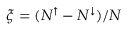
\xi = ( N ^ { \uparrow } - N ^ { \downarrow } ) / N